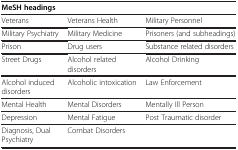
<table><thead><tr><td><b>MeSH headings</b></td><td><b> </b></td><td><b> </b></td></tr></thead><tbody><tr><td>Veterans</td><td>Veterans Health</td><td>Military Personnel</td></tr><tr><td>Military Psychiatry</td><td>Military Medicine</td><td>Prisoners (and subheadings)</td></tr><tr><td>Prison</td><td>Drug users</td><td>Substance related disorders</td></tr><tr><td>Street Drugs</td><td>Alcohol related disorders</td><td>Alcohol Drinking</td></tr><tr><td>Alcohol induced disorders</td><td>Alcoholic intoxication</td><td>Law Enforcement</td></tr><tr><td>Mental Health</td><td>Mental Disorders</td><td>Mentally Ill Person</td></tr><tr><td>Depression</td><td>Mental Fatigue</td><td>Post Traumatic disorder</td></tr><tr><td>Diagnosis, Dual Psychiatry</td><td>Combat Disorders</td><td> </td></tr></tbody></table>